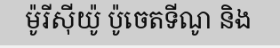
ម៉ូរីស៊ីយ៉ូ ប៉ូចេតទីណូ និង